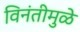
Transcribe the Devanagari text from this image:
विनंतीमुळे